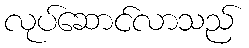
လုပ်ဆောင်လာသည်